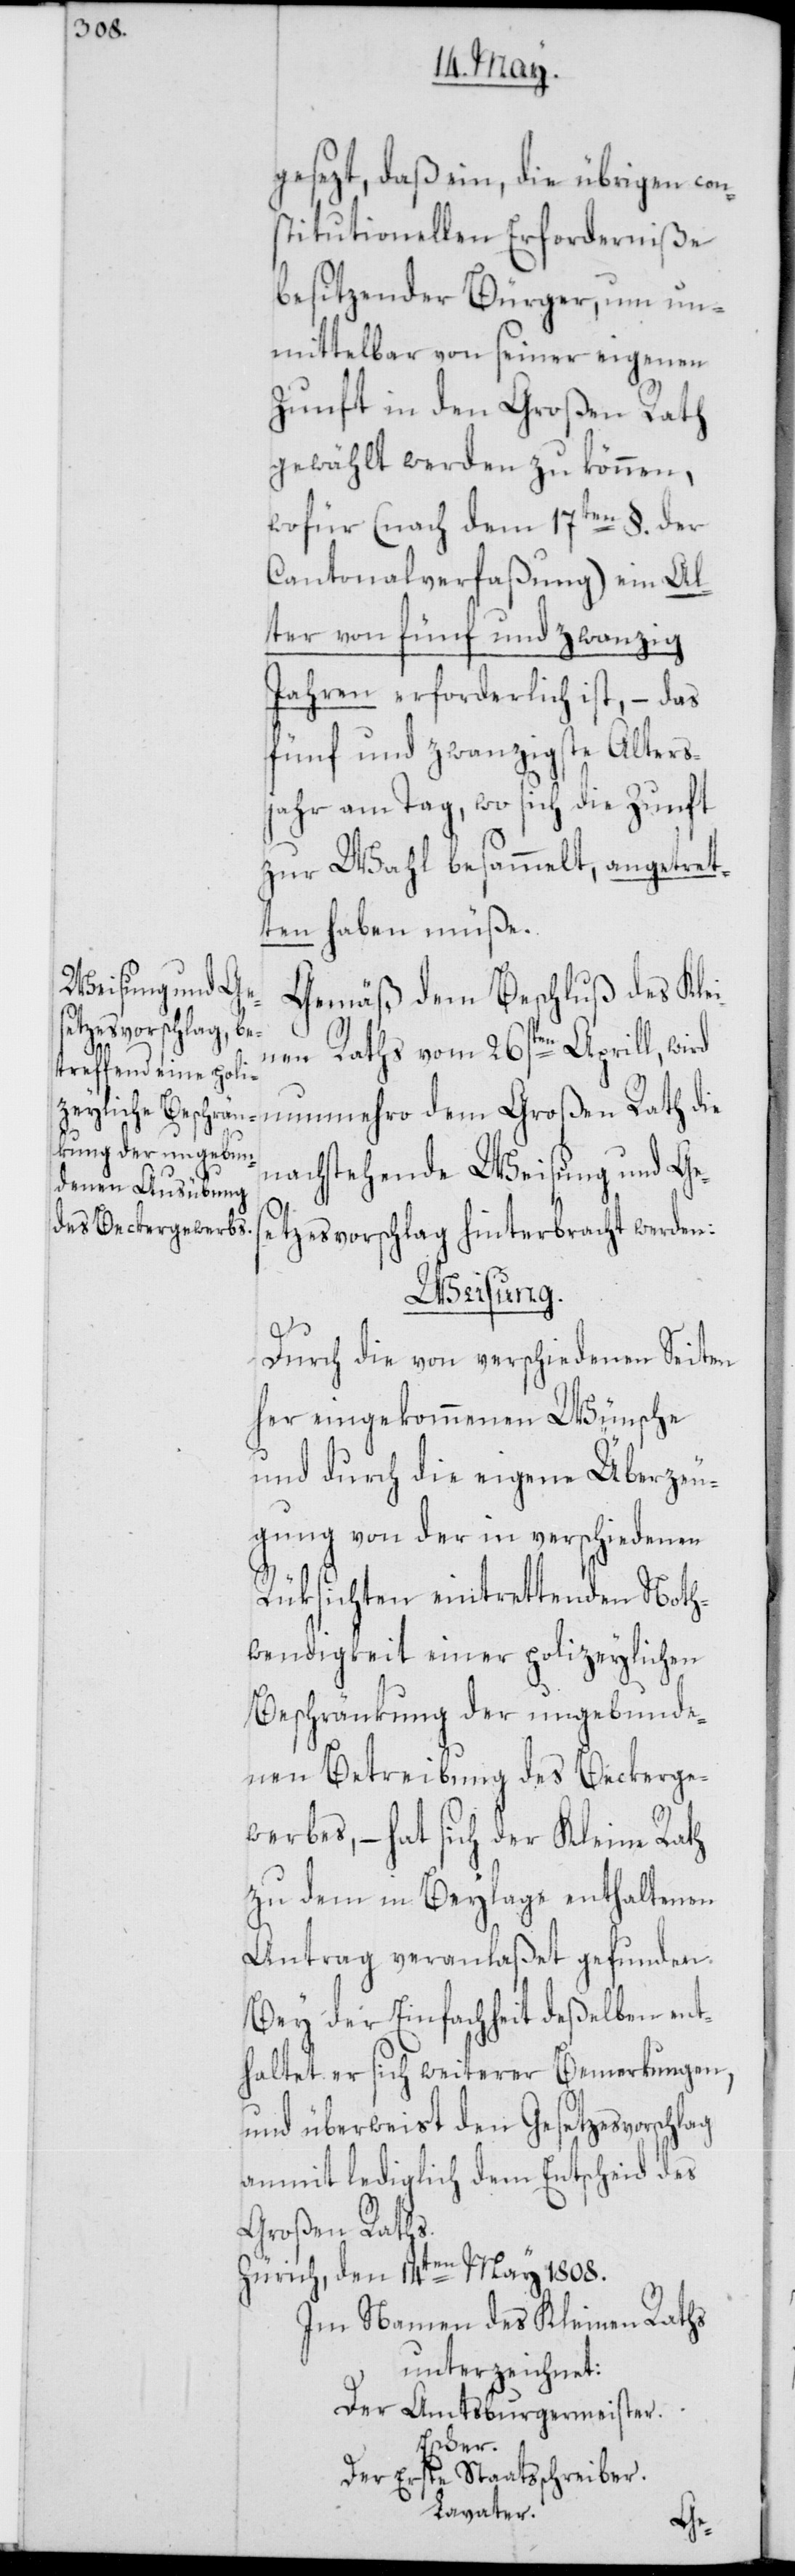
gesezt, daß ein, die übrigen con¬
stitutionellen Erforderniße
besitzender Bürger, um un¬
mittelbar von seiner eigenen
Zunft in den Großen Rath
gewählt werden zu können,
wofür (nach dem 17ten §. der
Cantonalverfaßung) ein Al¬
ter von fünf und zwanzig
Jahren erforderlich ist, – das
fünd und zwanzigste Alters¬
jahr am Tag, wo sich die Zunft
zur Wahl besammelt, angetret¬
ten haben müße.
Gemäß dem Beschluß des Klei¬
nen Raths vom 26sten Aprill, wird
nunmehro dem Großen Rath die
nachstehende Weisung und Ge¬
setzesvorschlag hinterbracht werden:
Weisung.
Durch die von verschiedenen Seiten
her eingekommenen Wünsche
und durch die eigene Überzeu¬
gung von der in verschiedenen
Rüksichten eintrettenden Noth¬
wendigkeit einer polizeylichen
Beschränkung der ungebunde¬
nen Betreibung des Beckerge¬
werbes, – hat sich der Kleine Rath
zu dem in Beylage enthaltenen
Antrag veranlaßet gefunden.
Bey der Einfachheit deßelben ent¬
haltet er sich weiterer Bemerkungen,
und überweist den Gesetzesvorschlag
anmit lediglich dem Entscheid des
Großen Raths.
Zürich, den 14ten May 1808.
Im Namen des Kleinen Raths
unterzeichnet:
Der Amtsburgermeister.
Escher.
Der Erste Staatsschreiber.
Lavater.